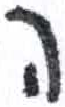
אות: ה